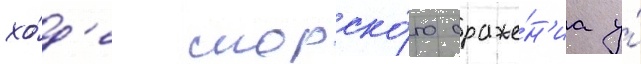
хо́д'е морско́го сраже́н'иа у́